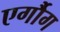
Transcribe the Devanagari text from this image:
एर्गौग